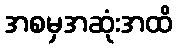
အစမှအဆုံးအထိ